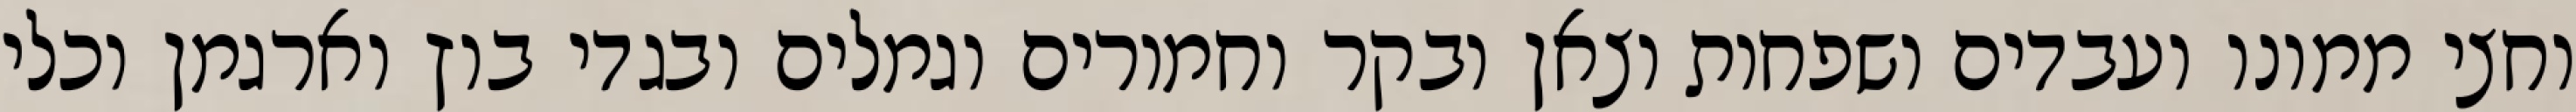
וחצי ממונו ועבדים ושפחות וצאן ובקר וחמורים וגמלים ובגדי בוץ וארגמן וכלי